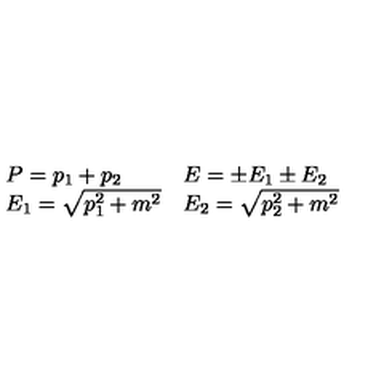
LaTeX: \begin{array} { l l } { P = p _ { 1 } + p _ { 2 } } & { E = \pm E _ { 1 } \pm E _ { 2 } } \\ { E _ { 1 } = \sqrt { p _ { 1 } ^ { 2 } + m ^ { 2 } } } & { E _ { 2 } = \sqrt { p _ { 2 } ^ { 2 } + m ^ { 2 } } } \\ \end{array}